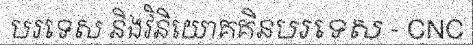
បរទេស និងវិនិយោគគិនបរទេស - CNC